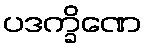
ပဒက္ခိဏေ